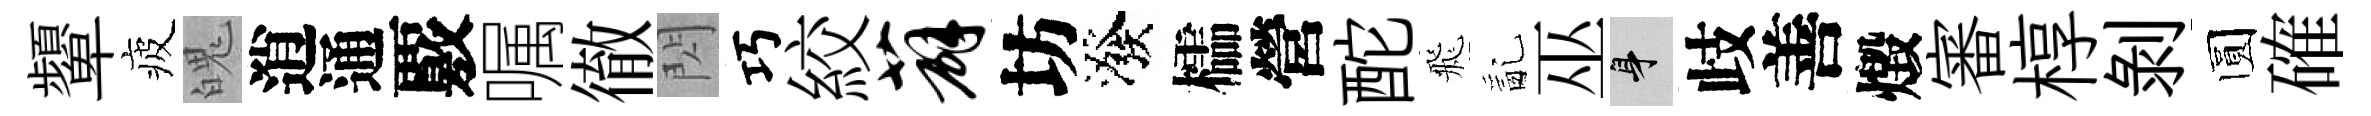
顰疲魄逍通覈嘱徹閃巧絞薜坊潑櫺營酡飛亂巫身歧善燬審椁剝圆確